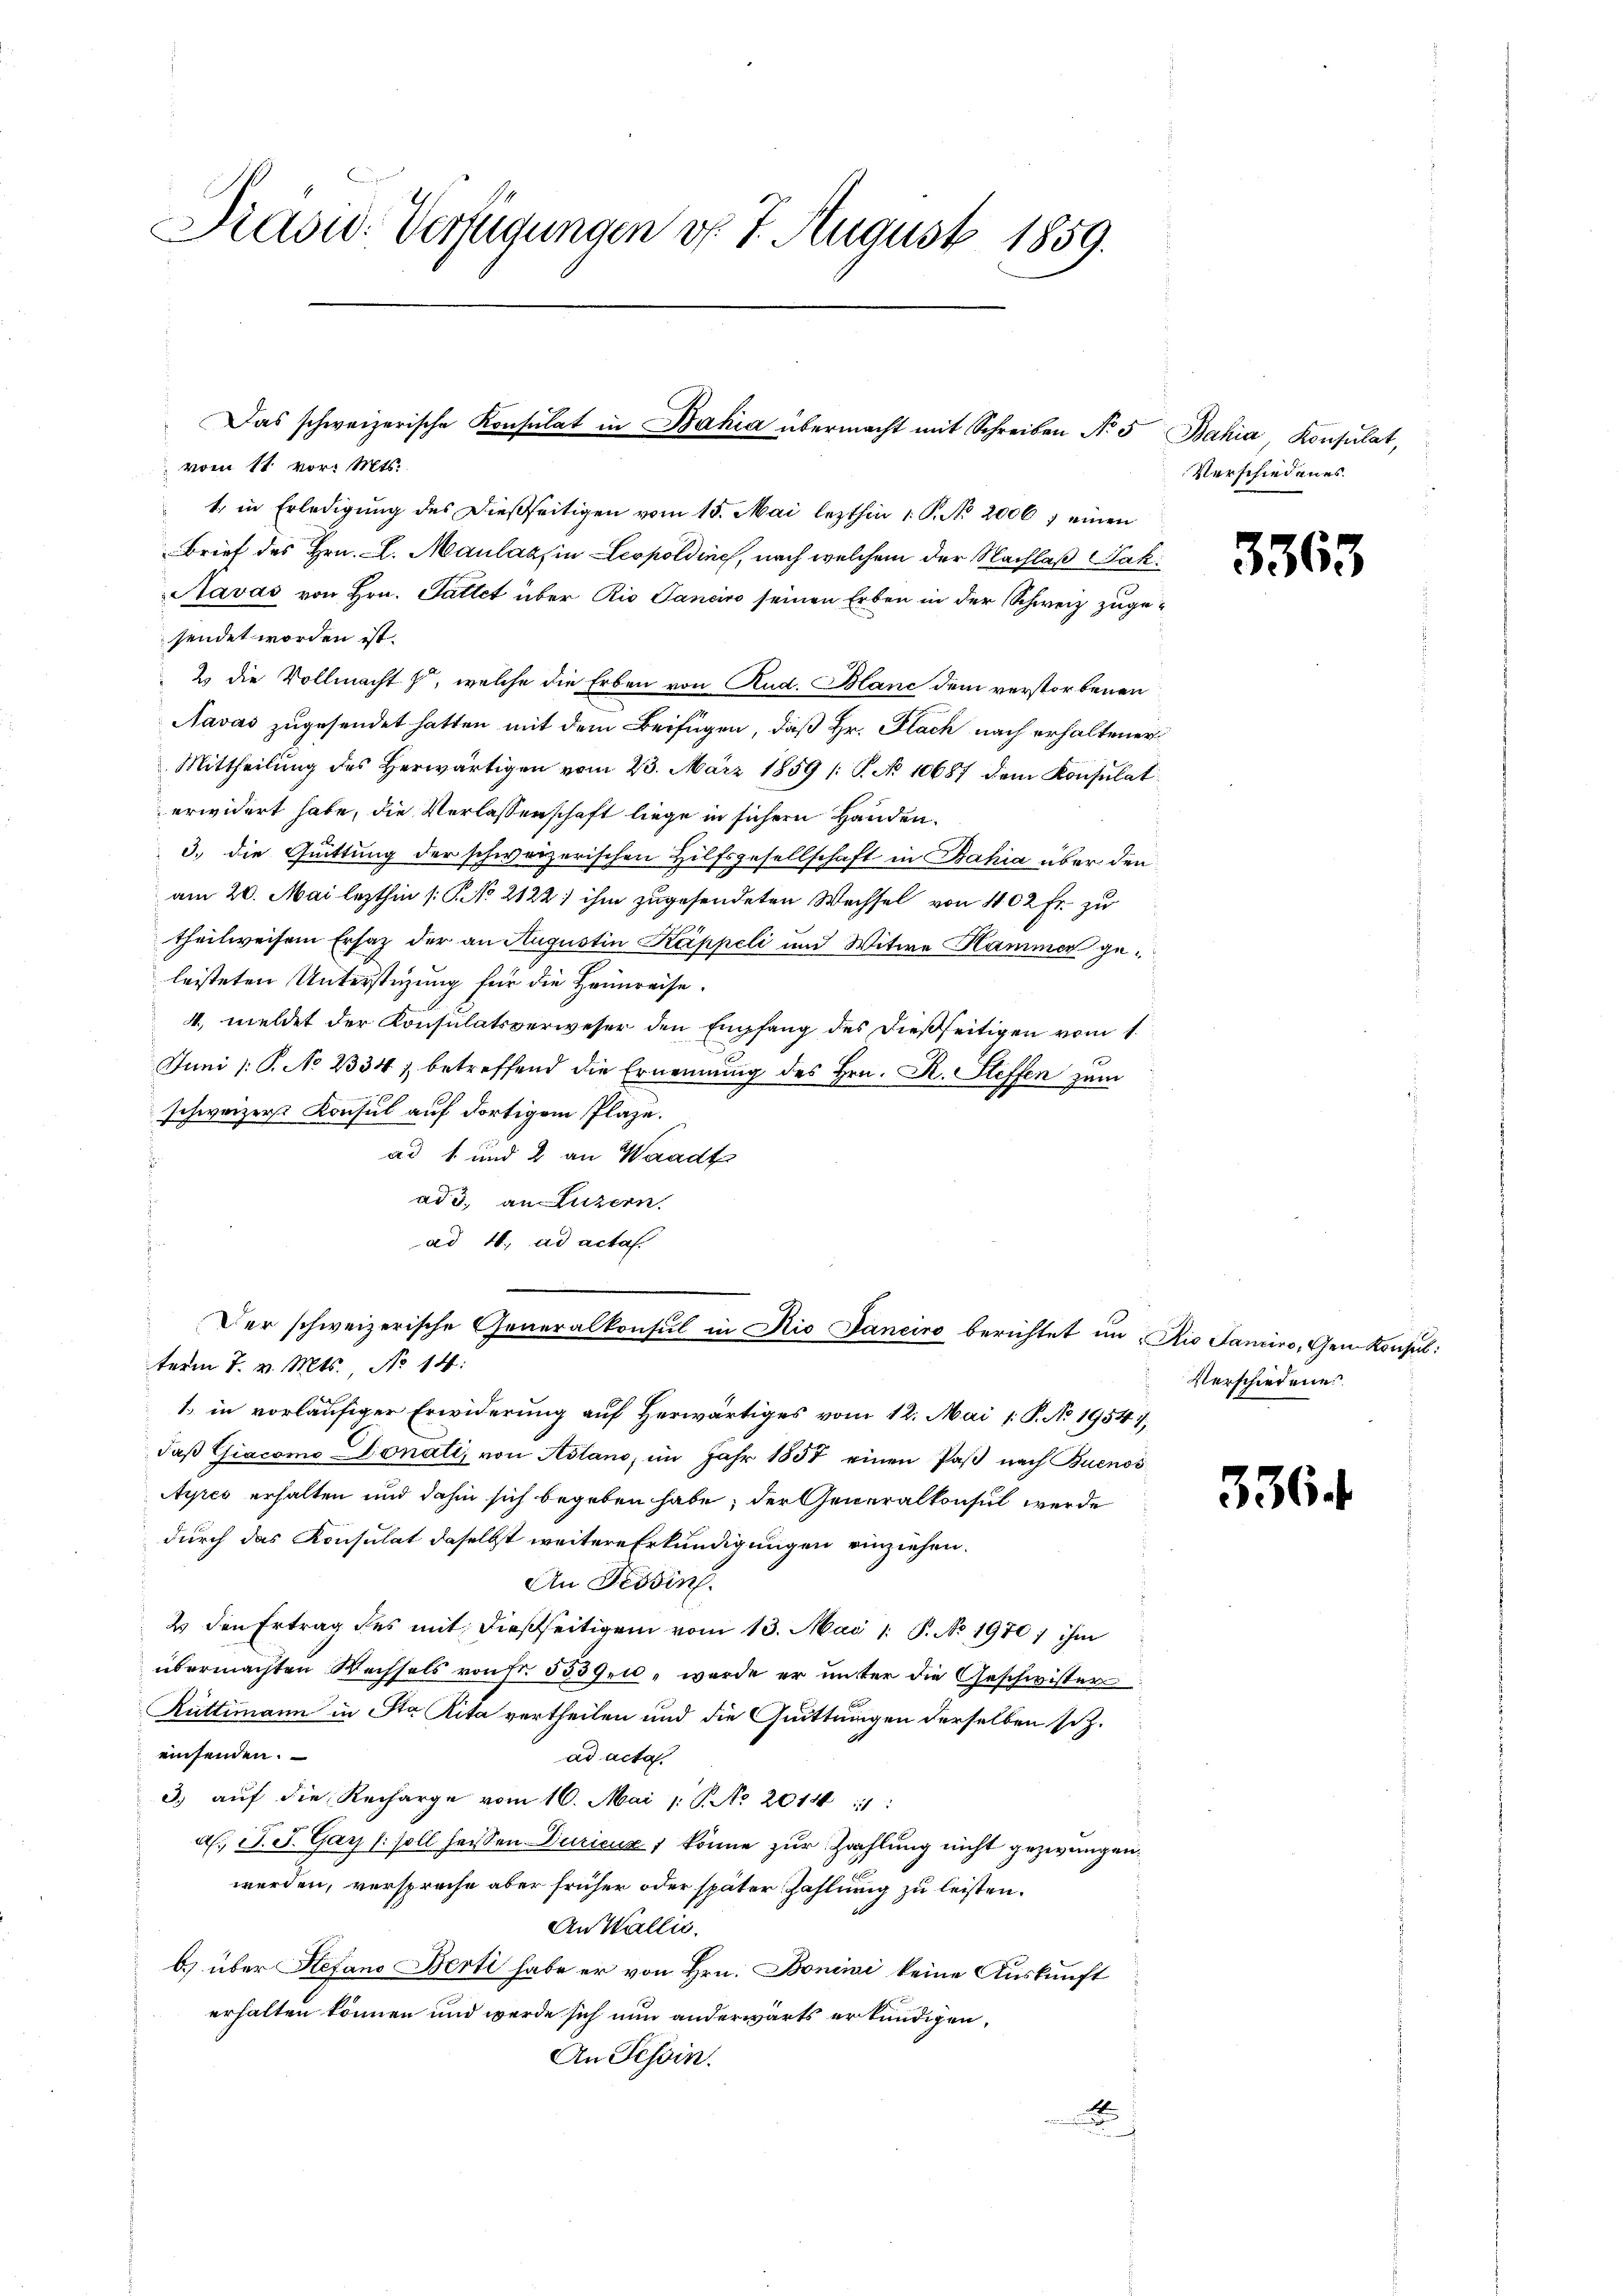
Präsid. Verfügungen d. 7. August 1859.

vom 11. vor. Mts.
1. in Erledigung des dießseitigen vom 15. Mai lezthin 1. P. No. 20067 einen
Brief des Hrn. l. Maulázs in Leopoldine, nach welchem der Nachlaß Jak.
Aavas von Hrn. Sattet über Rio Sanciro seinen Erben in der Schweiz zugesendet worden ist.
2 die Vollmacht zu, welche die Erben von Rud. Blanc dem verstorbenen
Navas zugesendet hatten mit dem Beifügen, daß Hr. Flach nach erhaltener
Mittheilung des Herwärtigen vom 23. März 1859 /: P. No 10687 dem Konsulat
erwidert habe, die Verlassenschaft liege in sichern Handen.
3. die Quittung der schweizerischen Hilfsgesellschaft in Bahia über den
am 20. Mai lezthin 1. No 2122) ihm zugesendeten Wechsel von 1102 Fr. zu
theilweisen Ersatz der an Augustin Kappeli und Witwe Kammer geleisteten Unterstüzung für die Heimreise.
4. meldet der Konsulatsverweser den Empfang des dießseitigen vom 1.
Juni /: P. No 2334) betreffend die Ernennung des Hrn. R. Steffen zum
schweizerst Konsul auf dortigem Plaze.
ad 1. und 2 an Waadt
ad 3. an Luzern.
ad 4. ad actas.
Der schweizerische Generalkonsul in Rio Janeiro berichtet in Rio Sanico, Gem Konsul:
term 7. v. Mts. No 14.
1. in vorläufiger Erwiderung auf Herwärtiges vom 12. Mai 1: P. No 19541,
daß Giacomo Donati, von Asland, im Jahr 1857 einen Paß nach Buenos
Ayres erhalten und dahin sich begeben habe; der Generalkonsul werde
durch das Konsulat daselbst weitere Erkundigungen einziehen.
An Tessin.
2 den Ertrag des mit dießseitigen vom 13. Mai 1 P. No. 1970; ihm
übermachten Wechsels von Fr. 5539 10 " wurde er unter die Geschwister
Rüttimann in Sta Rita vertheilen und die Quittungen derselben sitz.
einsenden.
ad acta
3.) auf die Recharge vom 16. Mai 1 S. No 2014 11:
al. J. J. Gay (: soll heissen Ducicua könne zur Zahlung nicht gezwungen.
werden, versproche aber früher oder später Zahlung zu leisten.
An Wallis.
b.) über Stefano Berti habe er von Hrn. Bonini keine Auskunft
erhalten können und werde sich nun anderwärts erkundigen,
An Tessin.
A

Das schweizerische Konsulat in Bahia übermacht mit Schreiben No 5 Bahia, Konsulat,

Verschiedenes.

5

3363

Verschiedene

3364